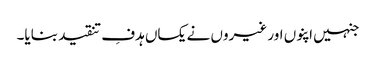
جنہیں اپنوں اور غیروں نے یکساں ہدفِ تنقید بنایا۔